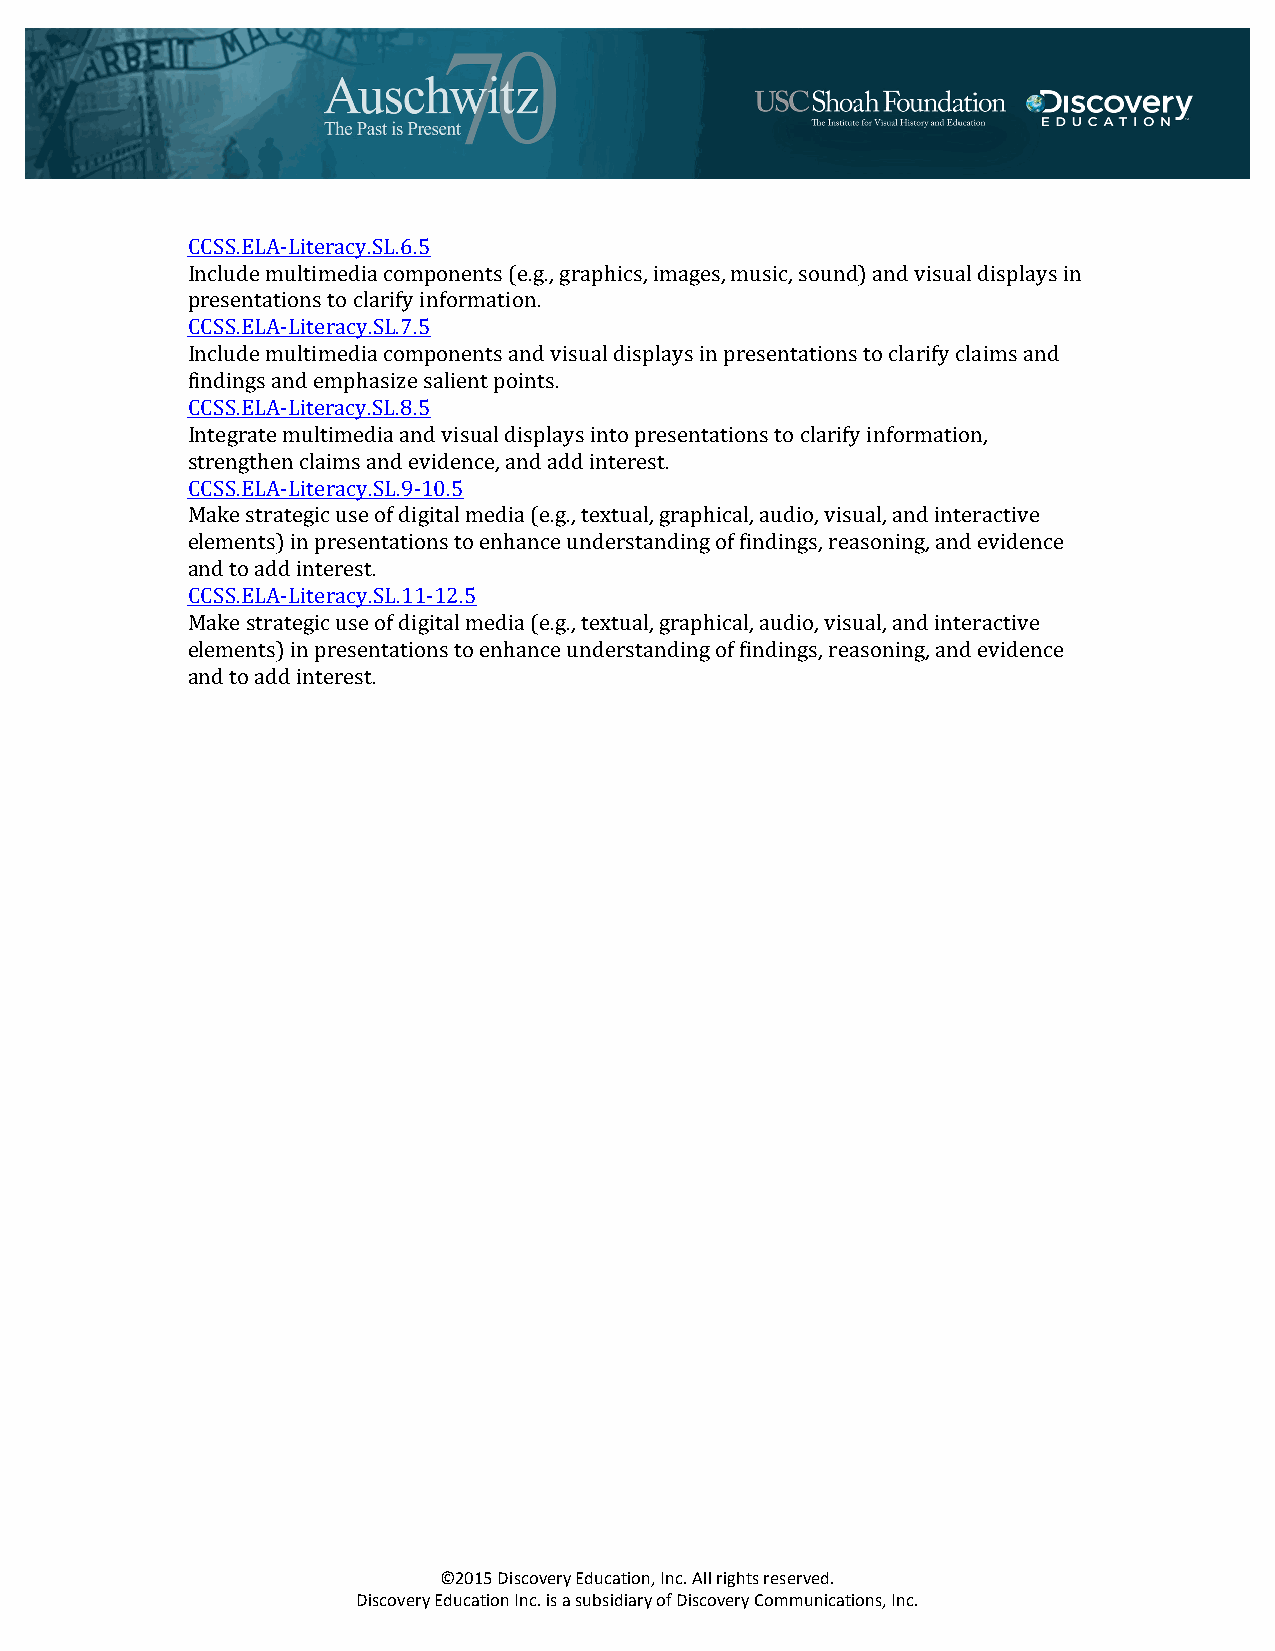
CCSS.ELA-­‐Literacy.SL.6.5
 Include multimedia components (e.g., graphics, images, music, sound) and visual displays in
 presentations to clarify information.
 CCSS.ELA-­‐Literacy.SL.7.5
 Include multimedia components and visual displays in presentations to clarify claims and
 findings and emphasize salient points.
 CCSS.ELA-­‐Literacy.SL.8.5
 Integrate multimedia and visual displays into presentations to clarify information,
 strengthen claims and evidence, and add interest.
 CCSS.ELA-­‐Literacy.SL.9-­‐10.5
 Make strategic use of digital media (e.g., textual, graphical, audio, visual, and interactive
 elements) in presentations to enhance understanding of findings, reasoning, and evidence
 and to add interest.
 CCSS.ELA-­‐Literacy.SL.11-­‐12.5
 Make strategic use of digital media (e.g., textual, graphical, audio, visual, and interactive
 elements) in presentations to enhance understanding of findings, reasoning, and evidence
 and to add interest.
 ©2015 Discovery Education, Inc. All rights reserved.
 Discovery Education Inc. is a subsidiary of Discovery Communications, Inc.